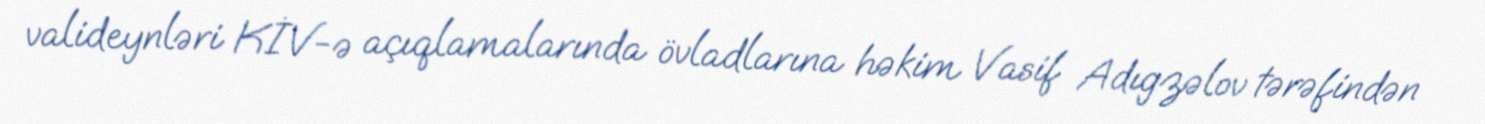
valideynləri KİV-ə açıqlamalarında övladlarına həkim Vasif Adıgzəlov tərəfindən